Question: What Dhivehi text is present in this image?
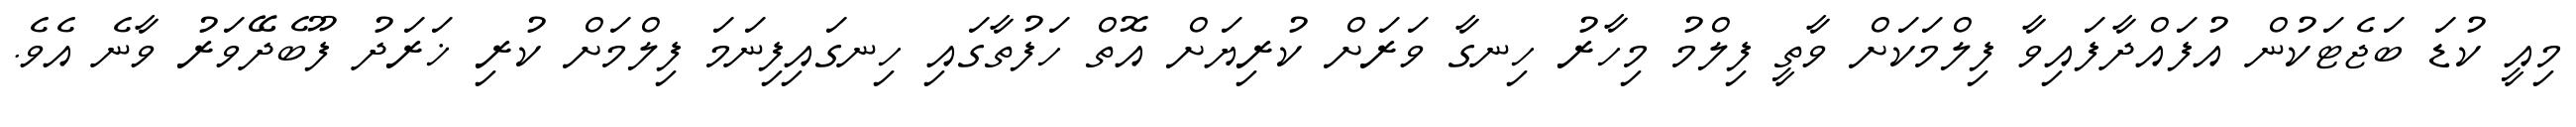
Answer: މިއީ ކުޑަ ބަޖެޓަކުން އުފައްދާފައިވާ ފިލްމަކަށް ވާތީ ފިލްމު މިހާރު ހިނގާ ވަރަށް ކުރިޔަށް އޮތް ހަފުތާގައި ހިނގައިފިނަމަ ފިލްމަށް ކުރި ޚަރަދު ފޫބެދޭވަރު ވާނެ އެވެ.